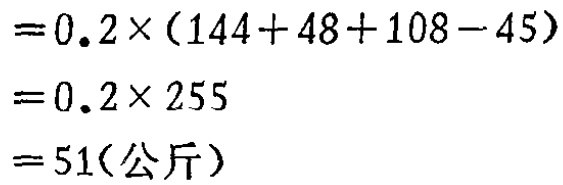
\[

\begin{align*}

&=0.2\times(144 + 48+108 - 45)\\

&=0.2\times255\\

&=51(\text{公斤})

\end{align*}

\]